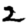
Digit: 2